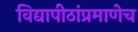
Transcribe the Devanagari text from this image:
विद्यापीठांप्रमाणेच